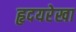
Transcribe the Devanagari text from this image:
हृदयरेखा